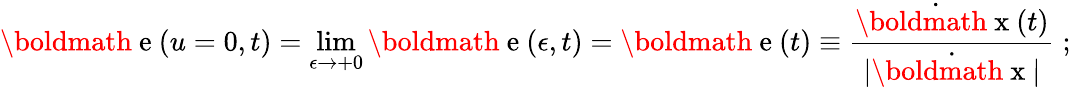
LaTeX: {\mathrm{\boldmath~e~}}(u=0,t)=\operatorname*{lim}_{\epsilon\rightarrow+0}{\mathrm{\boldmath~e~}}(\epsilon,t)={\mathrm{\boldmath~e~}}(t)\equiv\frac{\dot{\mathrm{\boldmath~x~}}(t)}{|\dot{\mathrm{\boldmath~x~}}|}\; ;